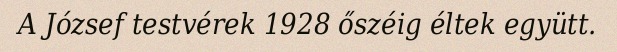
A József testvérek 1928 őszéig éltek együtt.